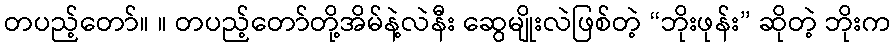
တပည့်တော်။ ။ တပည့်တော်တို့အိမ်နဲ့လဲနီး ဆွေမျိုးလဲဖြစ်တဲ့ “ဘိုးဖုန်း” ဆိုတဲ့ ဘိုးက